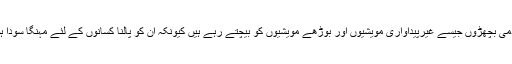
کسان آدمی بچھڑوں جیسے غیرپیداواری مویشیوں اور بوڑھے مویشیوں کو بیچتے رہے ہیں کیونکہ ان کو پالنا کسانوں کے لئے مہنگا سودا ہوتا ہے۔